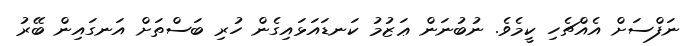
ނަފްސަށް އެއްޗެހި ކީމެވެ. ނުބުނަން ޢަޒުމު ކަނޑައަޅައިގެން ހުރި ބަސްތަށް އަނގައިން ބޭރު